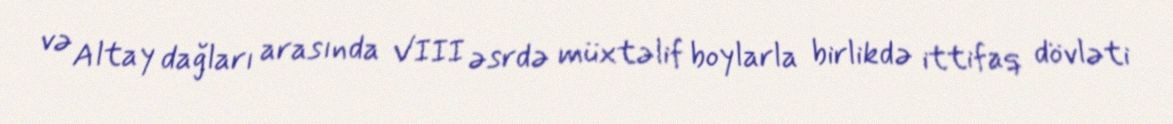
və Altay dağları arasında VIII əsrdə müxtəlif boylarla birlikdə ittifaq dövləti